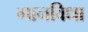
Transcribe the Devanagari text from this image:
गानविधा